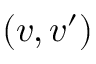
( \boldsymbol { v } , \boldsymbol { v } ^ { \prime } )